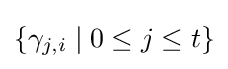
\{\gamma _{j,i}\mid 0\leq j\leq t\}